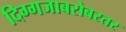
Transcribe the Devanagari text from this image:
दिग्गजाबरोबरतर